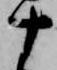
十